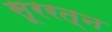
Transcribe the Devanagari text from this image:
सूररत्‍न